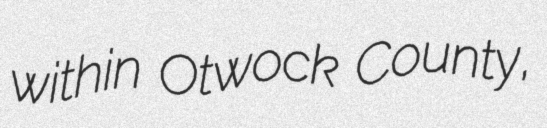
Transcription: within Otwock County,